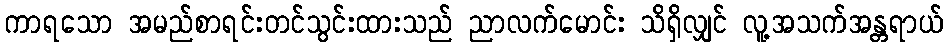
ကာရသော အမည်စာရင်းတင်သွင်းထားသည် ညာလက်မောင်း သိရှိလျှင် လူ့အသက်အန္တရာယ်